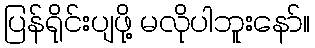
ပြန်ရိုင်းပျဖို့ မလိုပါဘူးနော်။